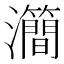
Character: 㶕